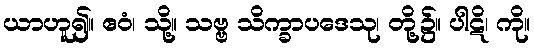
ယာဟူ၍။ ဧဝံ၊ သို့။ သဗ္ဗ သိက္ခာပဒေသု၊ တို့၌။ ပါဋိ၊ ကို။